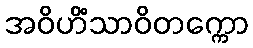
အဝိဟိံသာဝိတက္ကော